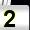
Digit: 2